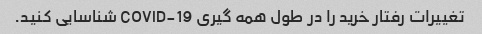
تغییرات رفتار خرید را در طول همه گیری COVID-19 شناسایی کنید.